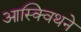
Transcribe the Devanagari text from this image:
आस्क्विथने